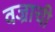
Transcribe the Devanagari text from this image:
वज्राची